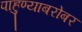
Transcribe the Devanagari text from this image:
पाहुण्याबरोबर